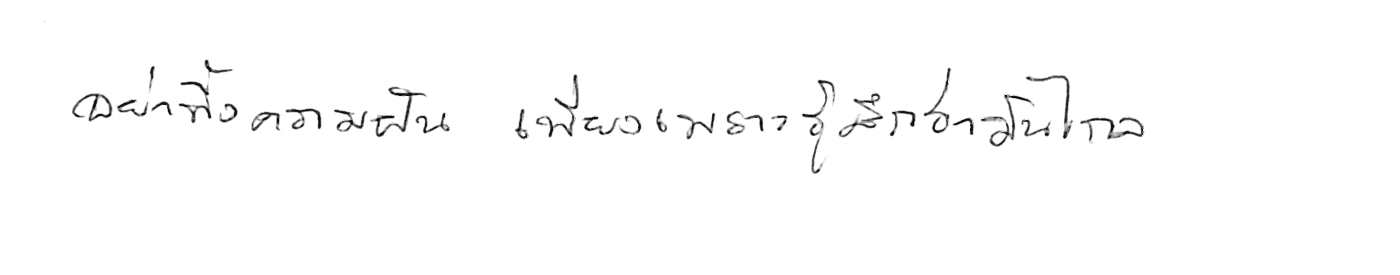
อย่าทิ้งความฝัน เพียงเพราะรู้สึกว่ามันไกล